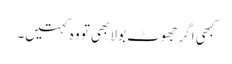
کبھی اگر جھوٹ بولا بھی تو وہ کہتیں۔